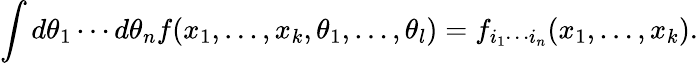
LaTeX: \int d\theta_{1}\cdots d\theta_{n}f(x_{1},\ldots,x_{k},\theta_{1},\ldots,\theta_{l})=f_{i_{1}\cdots i_{n}}(x_{1},\ldots,x_{k}).